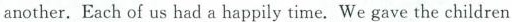
another. Each of us had a happily time. We gave the children